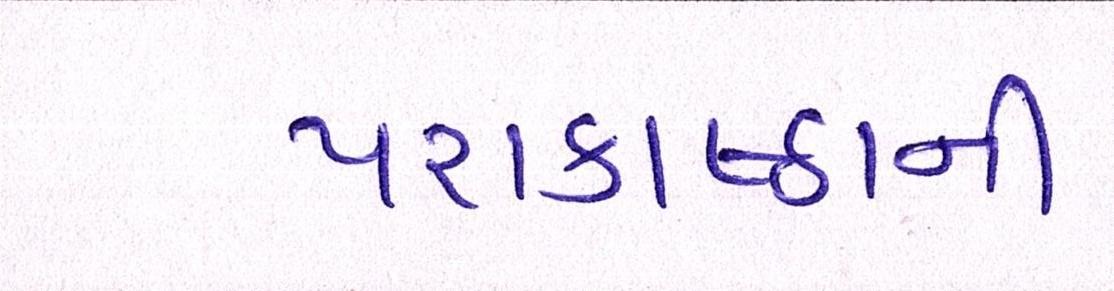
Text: પરાકાષ્ઠાની